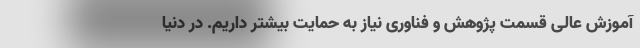
آموزش عالی قسمت پژوهش و فناوری نیاز به حمایت بیشتر داریم. در دنیا